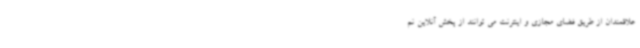
علاقمندان از طریق فضای مجازی و اینترنت می توانند از پخش آنلاین نم